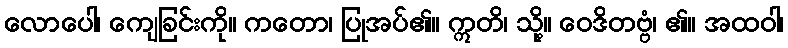
လောပေါ၊ ကျေခြင်းကို။ ကတော၊ ပြုအပ်၏။ ဣတိ၊ သို့။ ဝေဒိတဗ္ဗံ၊ ၏။ အထဝါ၊